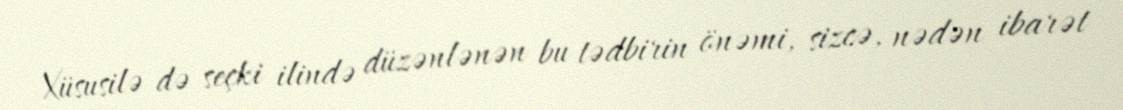
Xüsusilə də seçki ilində düzənlənən bu tədbirin önəmi, sizcə, nədən ibarət